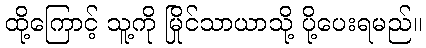
ထို့ကြောင့် သူ့ကို မြိုင်သာယာသို့ ပို့ပေးရမည်။